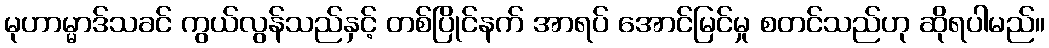
မုဟာမ္မာဒ်သခင် ကွယ်လွန်သည်နှင့် တစ်ပြိုင်နက် အာရပ် အောင်မြင်မှု စတင်သည်ဟု ဆိုရပါမည်။